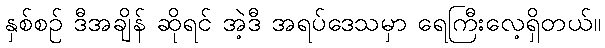
နှစ်စဉ် ဒီအချိန် ဆိုရင် အဲ့ဒီ အရပ်ဒေသမှာ ရေကြီးလေ့ရှိတယ်။